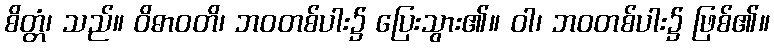
စိတ္တံ၊ သည်။ ဝိဓာဝတိ၊ ဘဝတစ်ပါး၌ ပြေးသွား၏။ ဝါ၊ ဘဝတစ်ပါး၌ ဖြစ်၏။